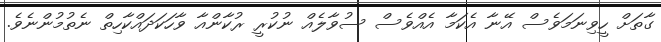
ގާތަށް ހީވިނަމަވެސް އޭނާ އެކަމާ އެއްވެސް ސުވާލެއް ނުކުރީ ރުކާންއާ ވާހަކަދައްކާހިތް ނެތުމުންނެވެ.